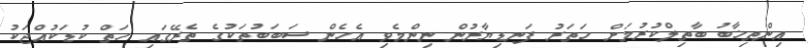
އިންތިޚާބު ބާތިލްކުރުމަށް ހަތަރު ފަނޑިޔާރުން ނިންމެވި އެހެން ސަބަބުތަކުގެ ތެރޭގައި ހަތް ކުޑަކުއްޖަކު